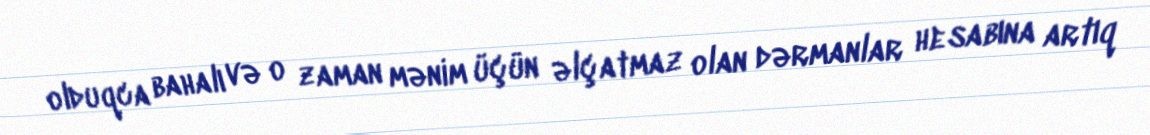
olduqca bahalı və o zaman mənim üçün əlçatmaz olan dərmanlar hesabına artıq